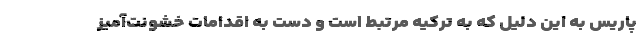
پاریس به این دلیل که به ترکیه مرتبط است و دست به اقدامات خشونت‌آمیز